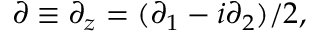
\partial \equiv \partial _ { z } = ( \partial _ { 1 } - i \partial _ { 2 } ) / 2 ,